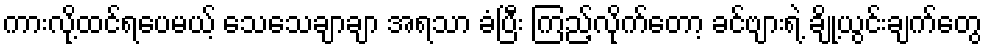
ကားလို့ထင်ရပေမယ့် သေသေချာချာ အရသာ ခံပြီး ကြည့်လိုက်တော့ ခင်ဗျားရဲ့ ချို့ယွင်းချက်တွေ